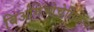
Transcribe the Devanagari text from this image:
बिओगेओचेमिकल